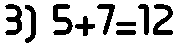
3) 5+7=12